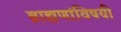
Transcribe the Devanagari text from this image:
ब्राह्मणांविषयी